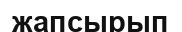
жапсырып